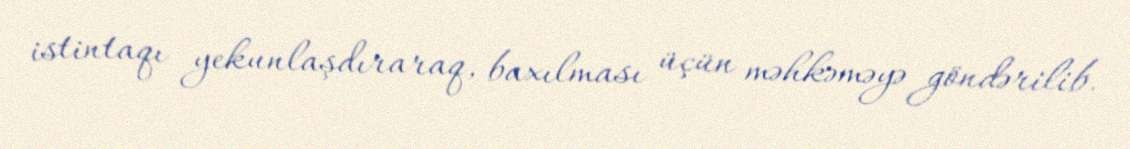
istintaqı yekunlaşdıraraq, baxılması üçün məhkəməyə göndərilib.